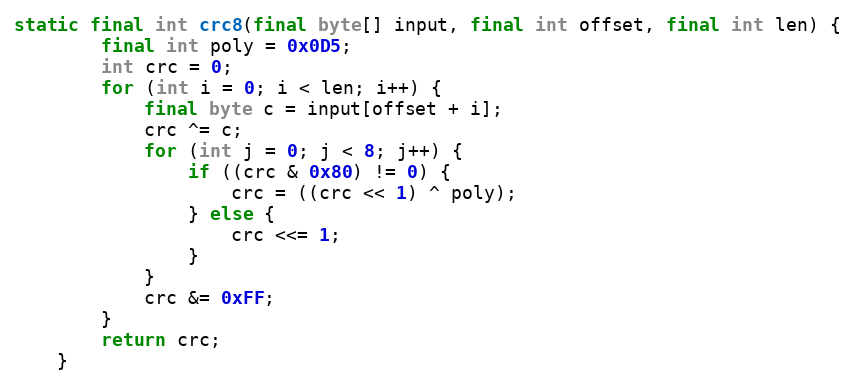
Language: Java
static final int crc8(final byte[] input, final int offset, final int len) {
		final int poly = 0x0D5;
		int crc = 0;
		for (int i = 0; i < len; i++) {
			final byte c = input[offset + i];
			crc ^= c;
			for (int j = 0; j < 8; j++) {
				if ((crc & 0x80) != 0) {
					crc = ((crc << 1) ^ poly);
				} else {
					crc <<= 1;
				}
			}
			crc &= 0xFF;
		}
		return crc;
	}